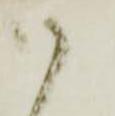
御